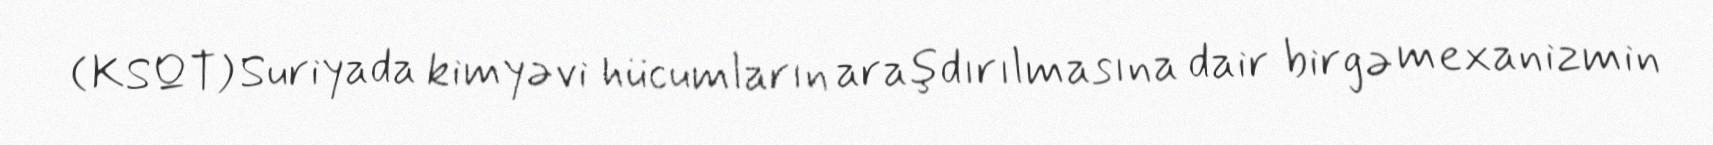
(KSQT) Suriyada kimyəvi hücumların araşdırılmasına dair birgə mexanizmin